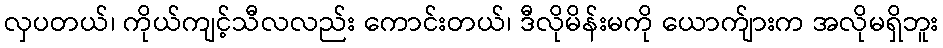
လှပတယ်၊ ကိုယ်ကျင့်သီလလည်း ကောင်းတယ်၊ ဒီလိုမိန်းမကို ယောက်ျားက အလိုမရှိဘူး